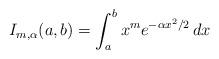
LaTeX: \begin{align*} I_{m, \alpha}(a, b) = \int_a^b x^m e^{-\alpha x^2/2} \, dx\end{align*}